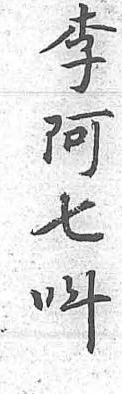
李阿七呌